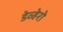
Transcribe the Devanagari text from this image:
डेव्हेरो